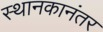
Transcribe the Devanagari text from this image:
स्थानकानंतर